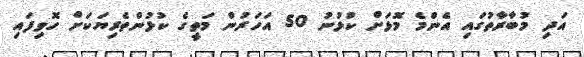
އަދި މުބާރާތުގައި އެންމެ މޮޅަށް ކުޅުނު 50 އަހަރުން މަތީގެ ކުޅުންތެރިޔަކަށް ހޮވިފައި